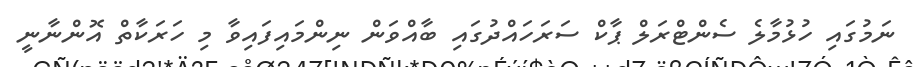
ނަމުގައި ހުޅުމާލެ ސެންޓްރަލް ޕާކް ސަރަހައްދުގައި ބާއްވަން ނިންމައިފައިވާ މި ހަރަކާތް އޮންނާނީ